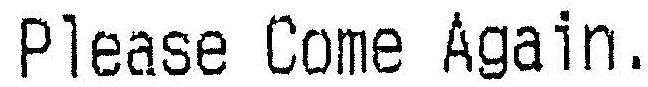
PLEASE COME AGAIN.